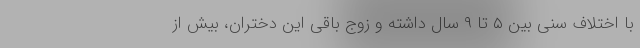
با اختلاف سنیِ بین ۵ تا ۹ سال داشته و زوج باقی این دختران، بیش از